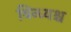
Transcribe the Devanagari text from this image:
विन्ध्यश्च